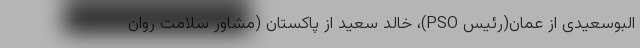
البوسعیدی از عمان(رئیس PSO)، خالد سعید از پاکستان (مشاور سلامت روان